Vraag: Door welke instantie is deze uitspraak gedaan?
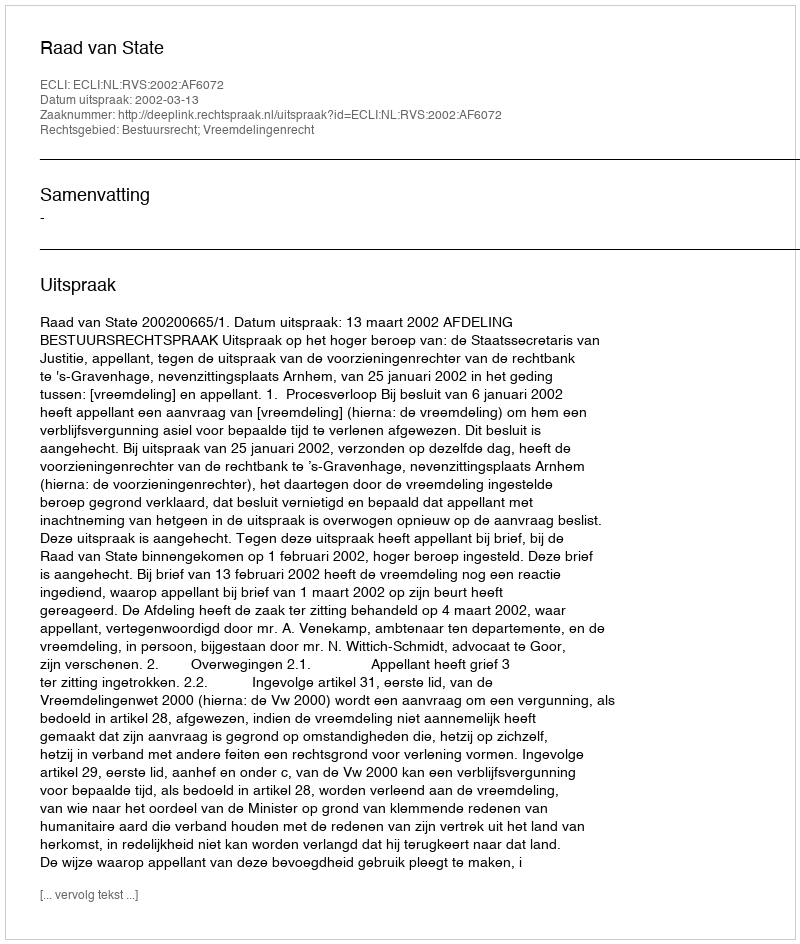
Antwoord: Raad van State